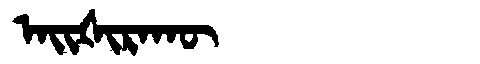
Manchu: ᠠᡳᡧᡳᡵᠠᡴᡡ
Romanization: AIŠIRAKŪ